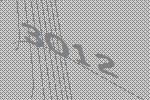
3012